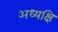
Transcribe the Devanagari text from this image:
अध्यक्षि